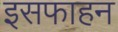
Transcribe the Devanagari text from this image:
इसफाहन